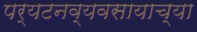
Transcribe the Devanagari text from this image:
पर्यटनव्यवसायाच्या